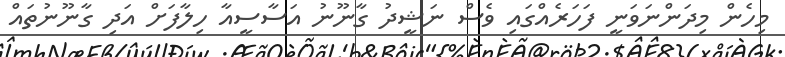
މިހެން މިދަންނަވަނީ ފަހަރެއްގައި ވެސް ނަޝީދު ގާނޫނު އަސާސީއާ ހިލާފަށް އަދި ގާނޫނުތައް